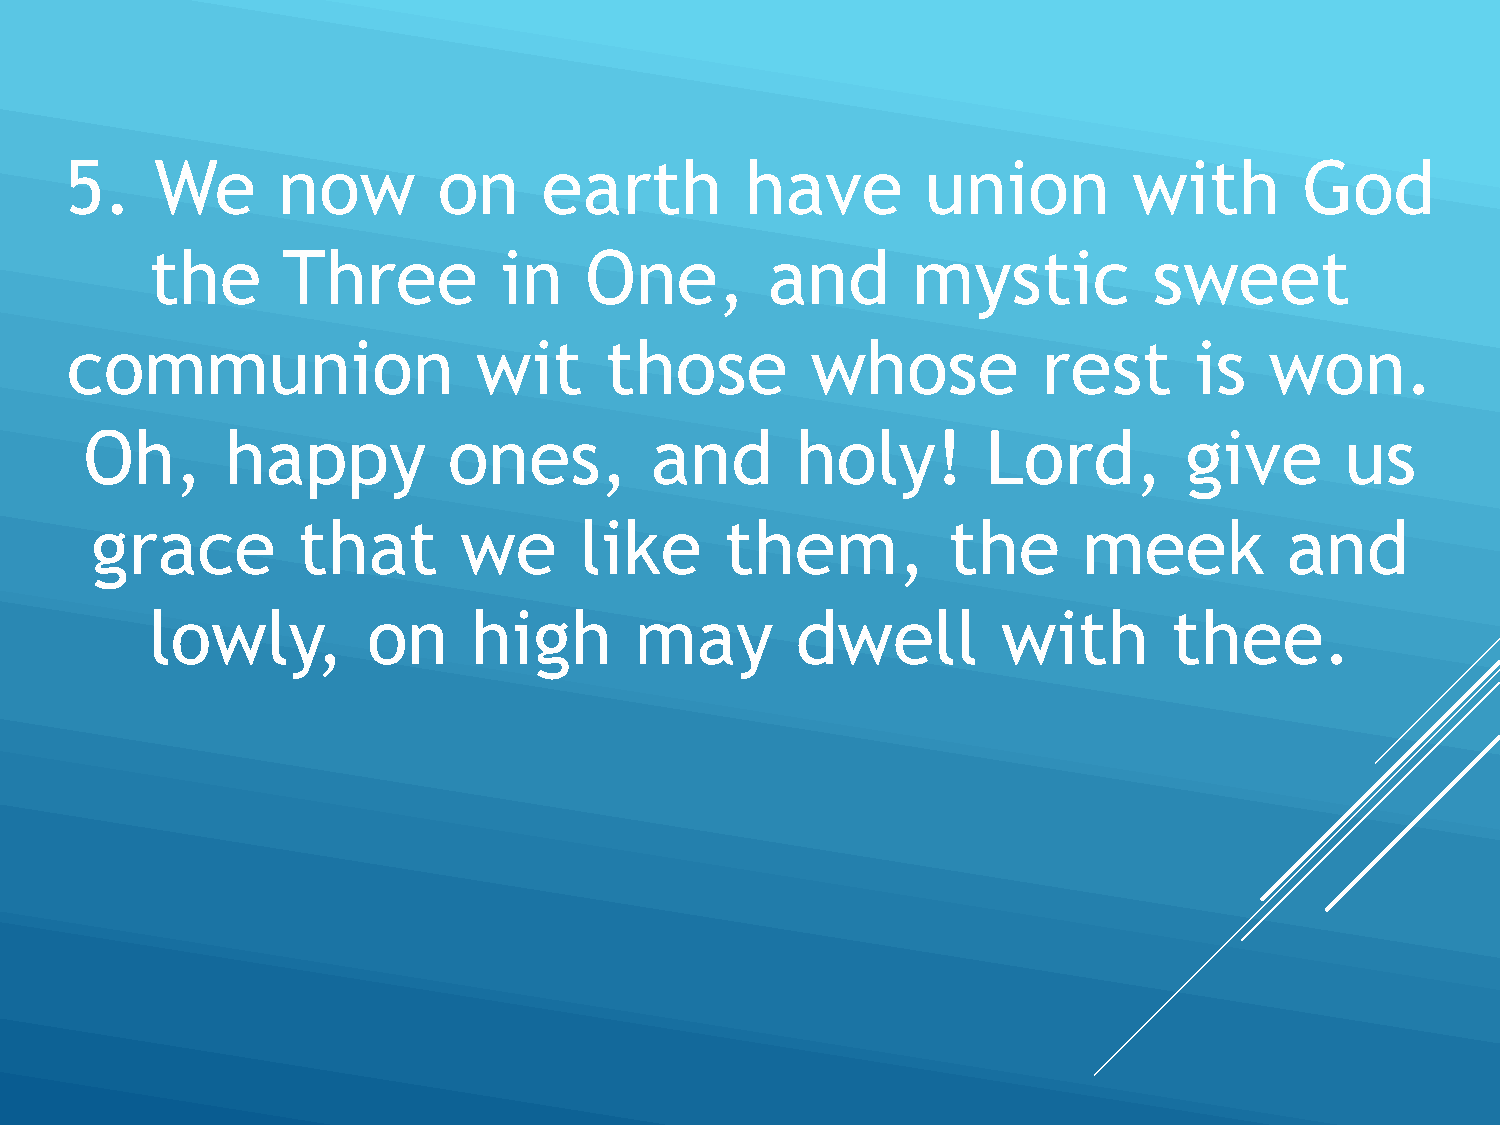
5.    We      now        on     earth        have        union         with       God
 the      Three         in    One,        and      mystic          sweet
 communion                   wit     those         whose          rest      is   won.
 Oh,      happy          ones,        and       holy!       Lord,        give       us
 grace         that      we      like      them,          the      meek         and
 lowly,        on     high       may        dwell        with        thee.